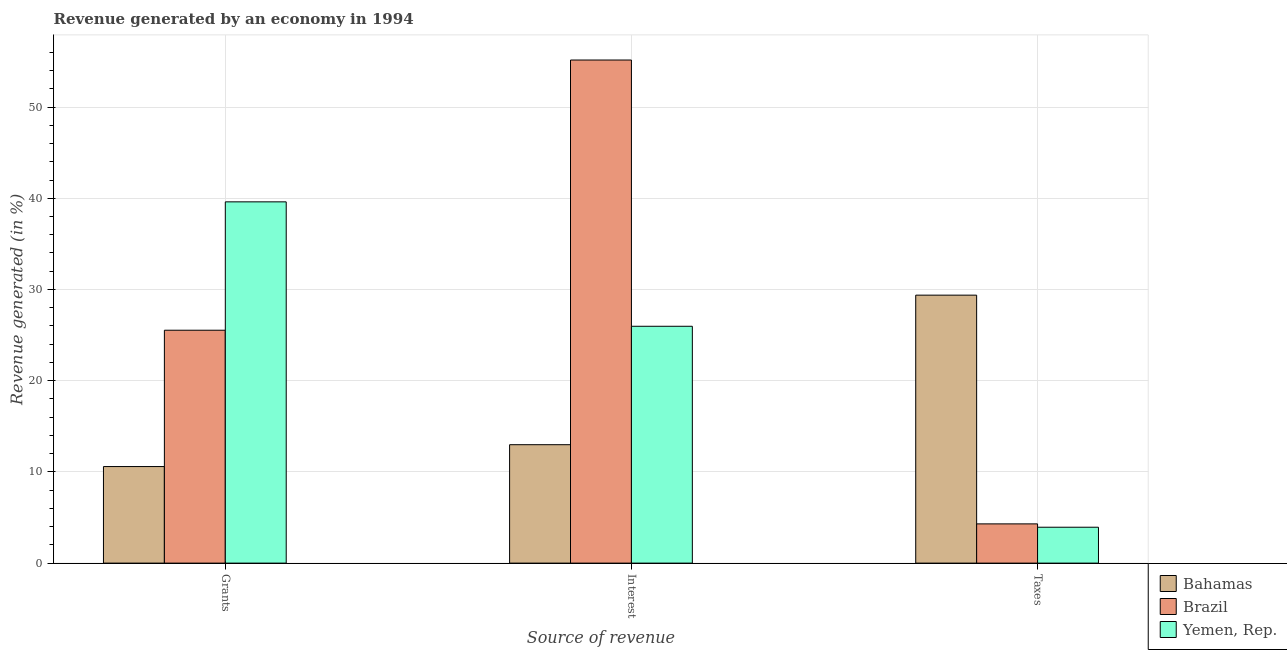
| Source of revenue | Bahamas | Brazil | Yemen, Rep. |
 | --- | --- | --- | --- |
 | Grants | 10.6 | 25.5 | 39.6 |
 | Interest | 13 | 55.2 | 26 |
 | Taxes | 29.4 | 4.3 | 3.93 |